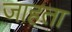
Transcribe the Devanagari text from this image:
जाहता